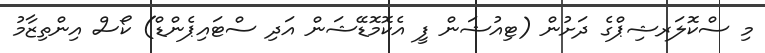
މި ސްކޮލަރޝިޕްގެ ދަށުން (ޓިއުޝަން ފީ އެކޮމޮޑޭޝަން އަދި ސްޓައިޕެންޑް) ކޯސް އިންތިޒާމު